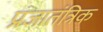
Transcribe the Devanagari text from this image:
प्रजातंत्रिक